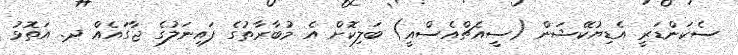
ސެކަންޑަރީ އެޑިޔުކޭޝަން (ސީއެޗްއެސްއީ) ބަލިކޮށް އެ މުބާރާތުގެ ފައިނަލުގެ ޖާގައެއް ދ. އަތޮޅު